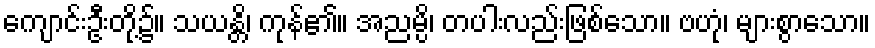
ကျောင်းဦးတို့၌။ သယန္တိ၊ ကုန်၏။ အညမ္ပိ၊ တပါးလည်းဖြစ်သော။ ဗဟုံ၊ များစွာသော။